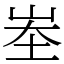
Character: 峚